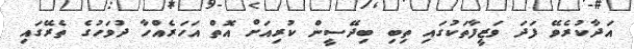
އަދާކުރެވޭ ފަދަ ވަޒީފާތަކުގައި ތިބި ބިދޭސީން ކުރިއަށް އޮތް އަހަރެއްހާ ދުވަހުގެ ތެރޭގައި